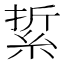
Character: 䋢